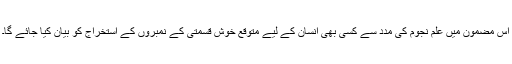
اس مضمون میں علمِ نجوم کی مدد سے کسی بھی انسان کے لیے متوقع خوش قسمتی کے نمبروں کے استخراج کو بیان کیا جائے گا۔